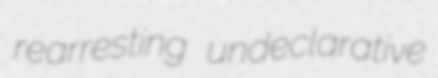
rearresting undeclarative